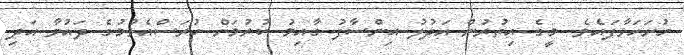
ހުށަހަޅާފައެވެ. މީގެ އިތުރުން އަދުލު އިންސާފު ގާއިމު ކުރުމަށް ހުރަސްއެޅުމުގެ ދައުވާ އަދި